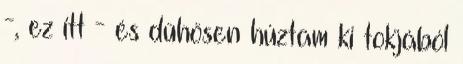
-, ez itt - és dühösen húztam ki tokjából